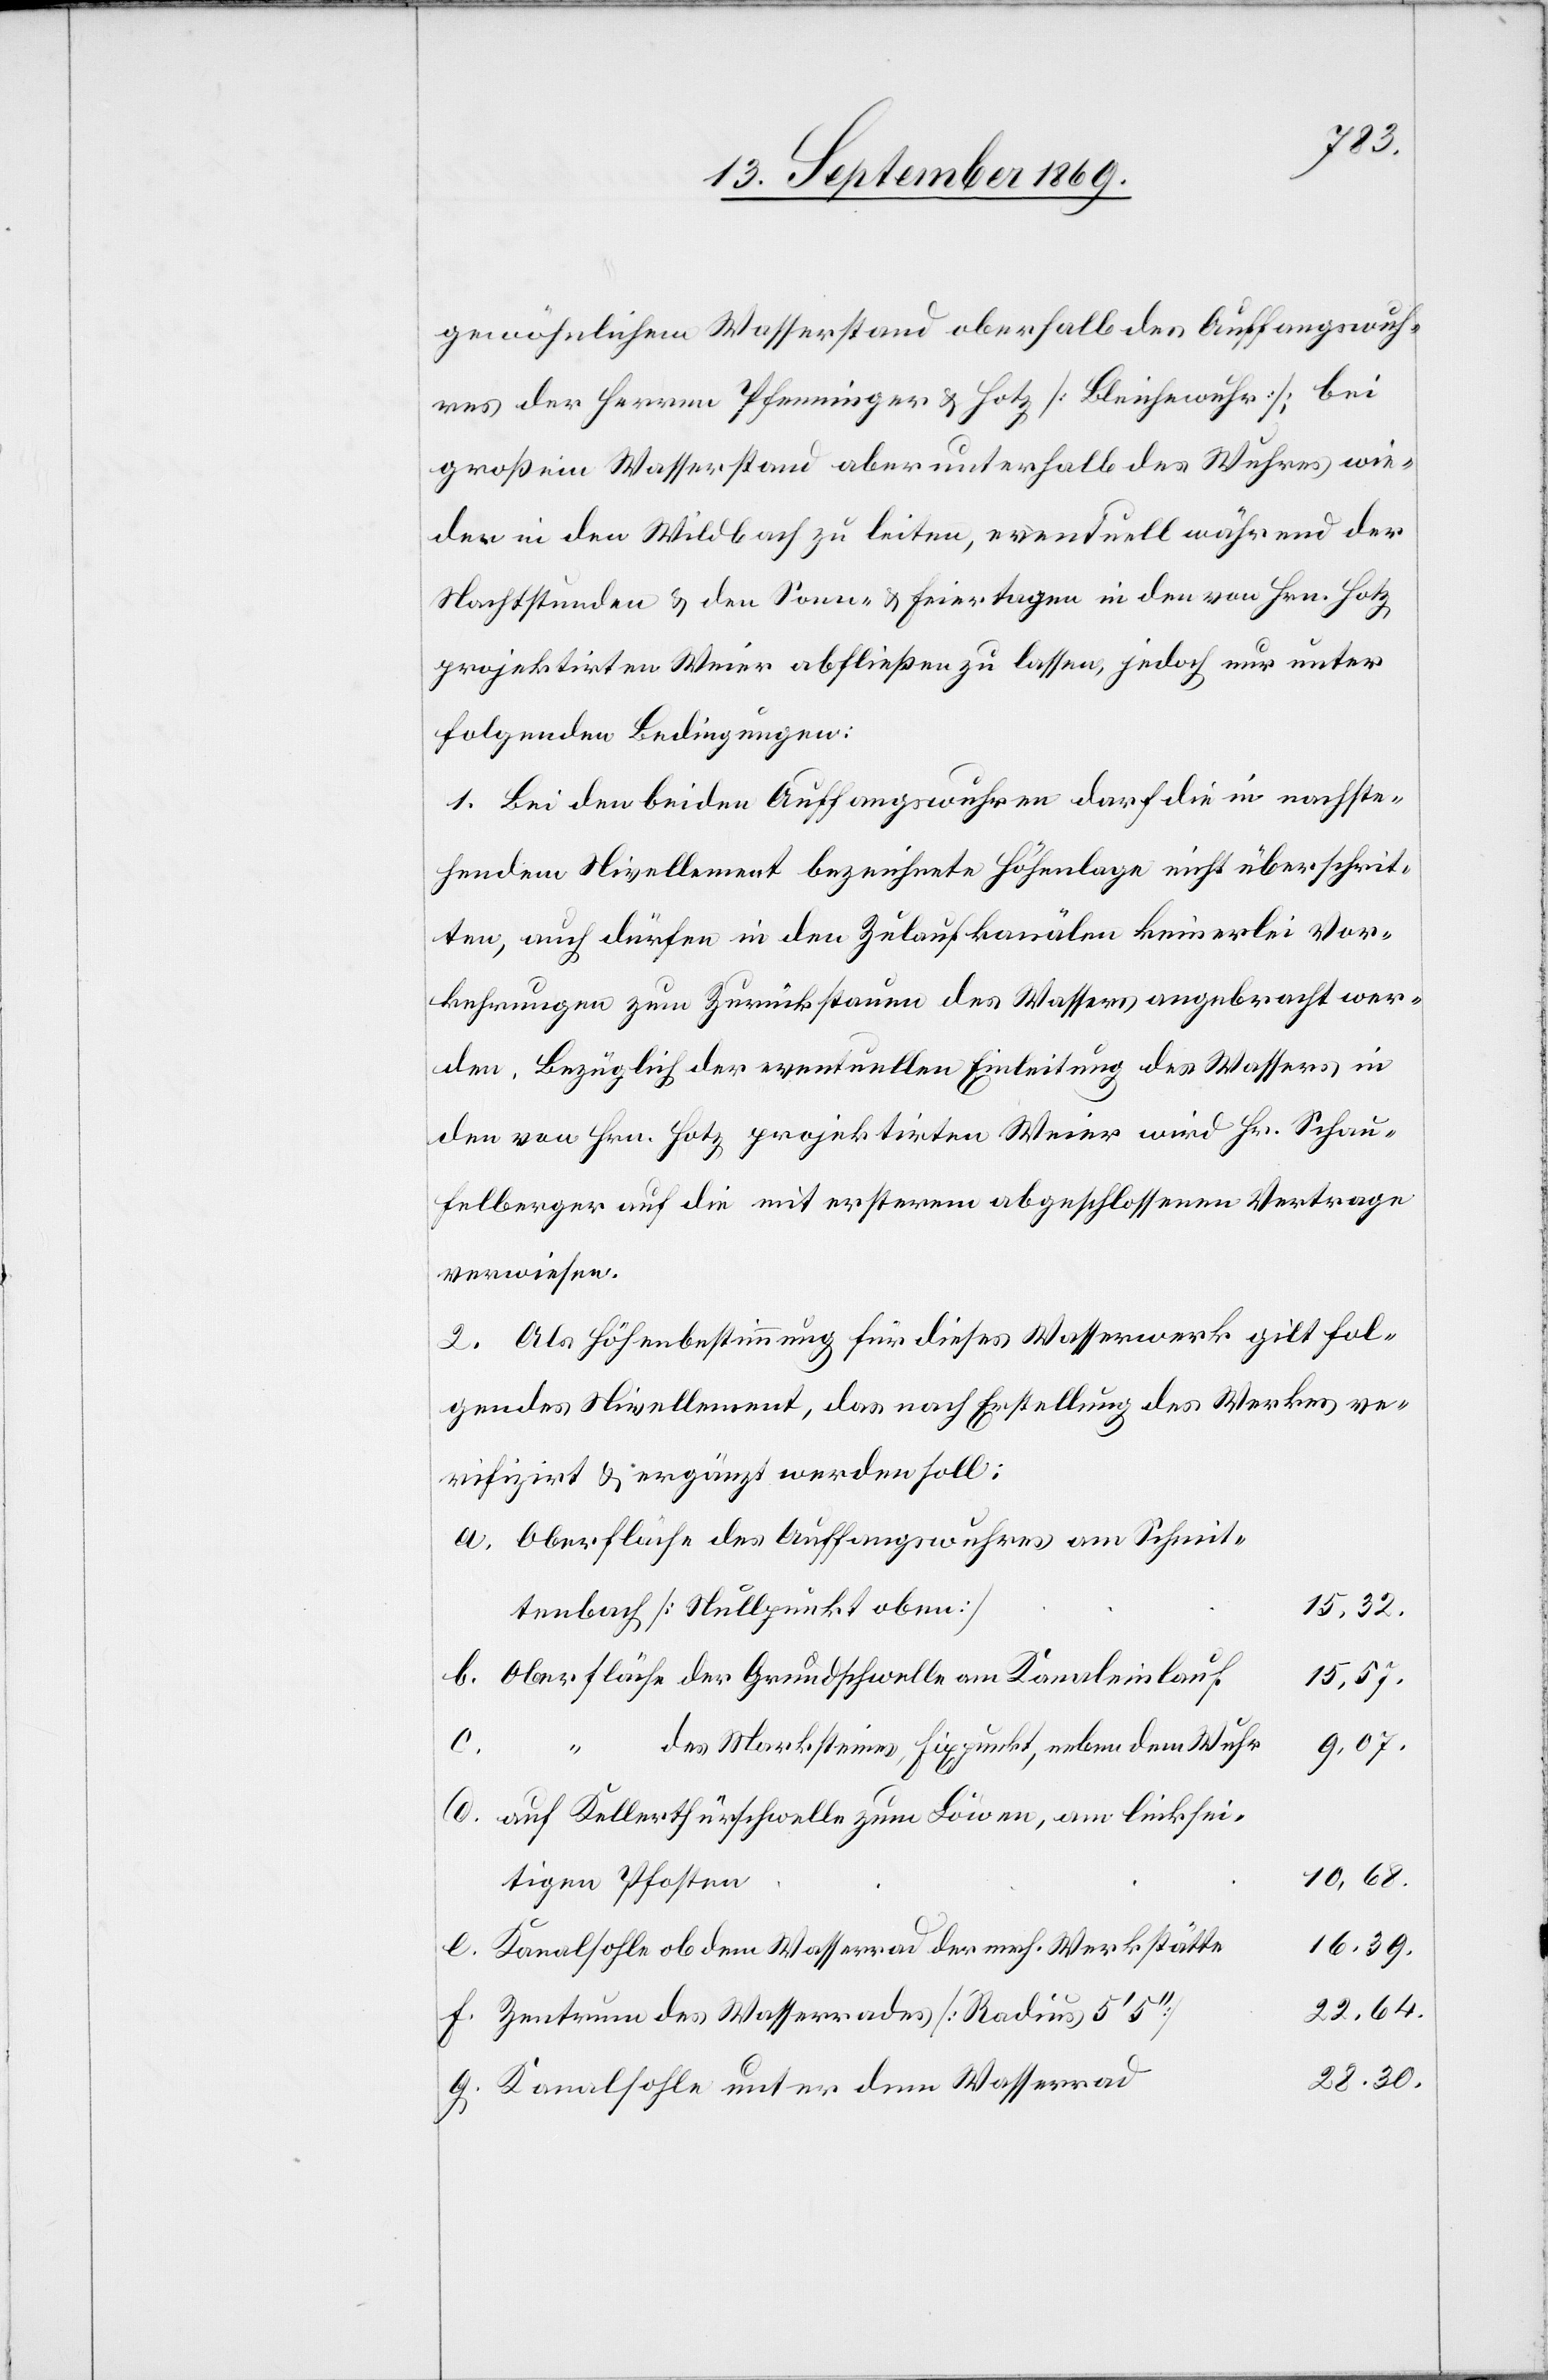
28,30.
gewöhnlichem Wasserstand oberhalb des Auffangswuh¬
res der Herren Pfenninger & Hotz [Bleichewuhr]; bei
großem Wasserstand aber unterhalb des Wuhres wie¬
der in den Wildbach zu leiten, eventuell während der
Nachtstunden & den Sonn- & Feiertagen in den von Hrn. Hotz
projektirten Weier abfließen zu lassen, jedoch nur unter
folgenden Bedingungen:
1. Bei den beiden Auffangswuhren darf die in nachste¬
hendem Nivellement bezeichnete Höhenlage nicht überschrit¬
ten, auch dürfen in den Zulaufkanälen keinerlei Vor¬
kehrungen zum Zurückstauen des Wassers angebracht wer¬
den. Bezüglich der eventuellen Einleitung des Wassers in
den von Hrn. Hotz projektirten Weier wird Hr. Schau¬
felberger auf die mit ersterem abgeschlossenen Vertrage
verwiesen.
2. Als Höhenbestimmung für dieses Wasserwerk gilt fol¬
gendes Nivellement, das nach Erstellung des Werkes ve¬
rifizirt & ergänzt werden soll:
Oberfläche des Auffangswuhres am Schmit¬
tenbach [Nullpunkt oben]
16,39.
g.
des Marksteines, Fixpunkt, neben dem Wuhr
9,07.
auf Kellerthürschwelle zum Löwen, am linksei¬
d.
tigen Pfosten
Kanalsohle ob dem Wasserrad der mech. Werkstätte
22,64.
Zentrum des Wasserrades [Radius 5‘
Kanalsohle unter dem Wasserrad